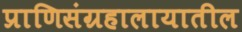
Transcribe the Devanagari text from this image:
प्राणिसंग्रहालायातील